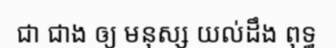
ជា ជាង ឲ្យ មនុស្ស យល់ដឹង ពុទ្ធ